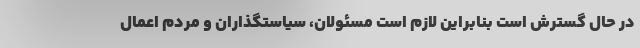
در حال گسترش است بنابراین لازم است مسئولان، سیاستگذاران و مردم اعمال